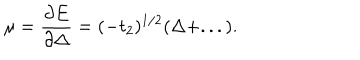
\mu = \frac { \partial E } { \partial \Delta } = ( - t _ { 2 } ) ^ { 1 / 2 } ( \Delta + . . . ) .